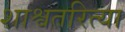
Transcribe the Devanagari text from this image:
शाश्वतरित्या